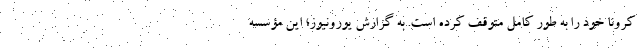
کرونا خود را به طور کامل متوقف کرده است. به گزارش یورونیوز؛ این مؤسسه